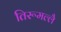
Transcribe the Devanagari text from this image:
तिरूमल्लै